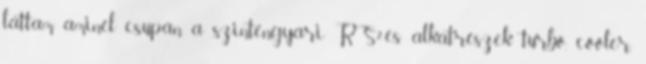
láttam aminél csupán a szinténgyári RS2-es alkatrészek turbó, cooler,